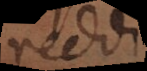
reddi